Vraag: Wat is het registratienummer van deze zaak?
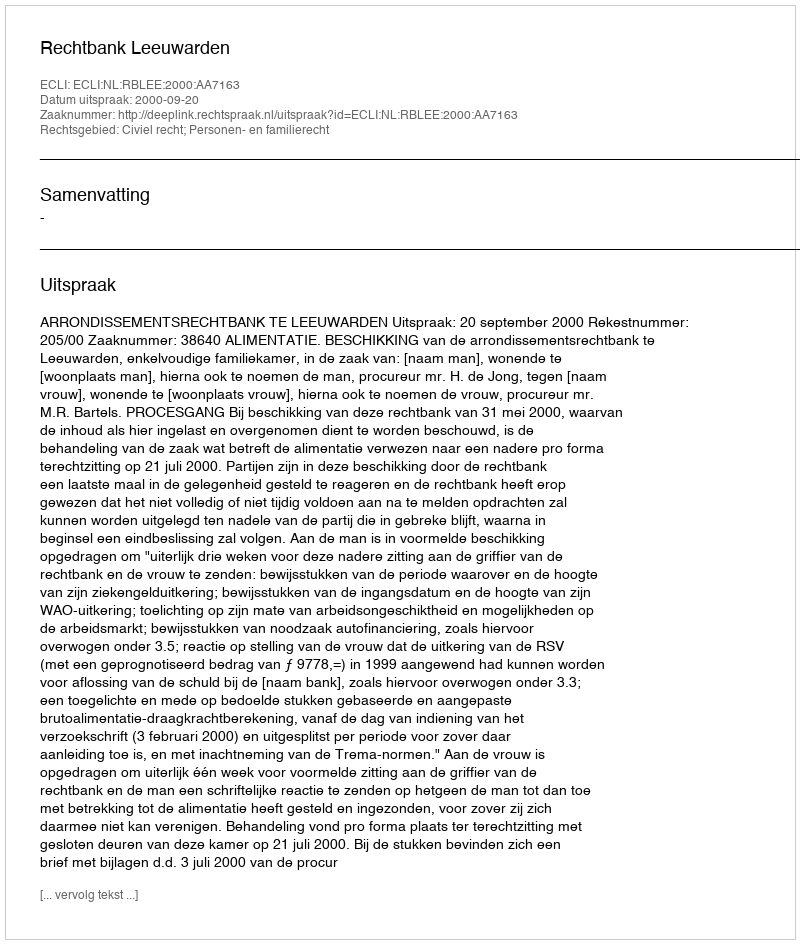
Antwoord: http://deeplink.rechtspraak.nl/uitspraak?id=ECLI:NL:RBLEE:2000:AA7163